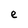
Character: e